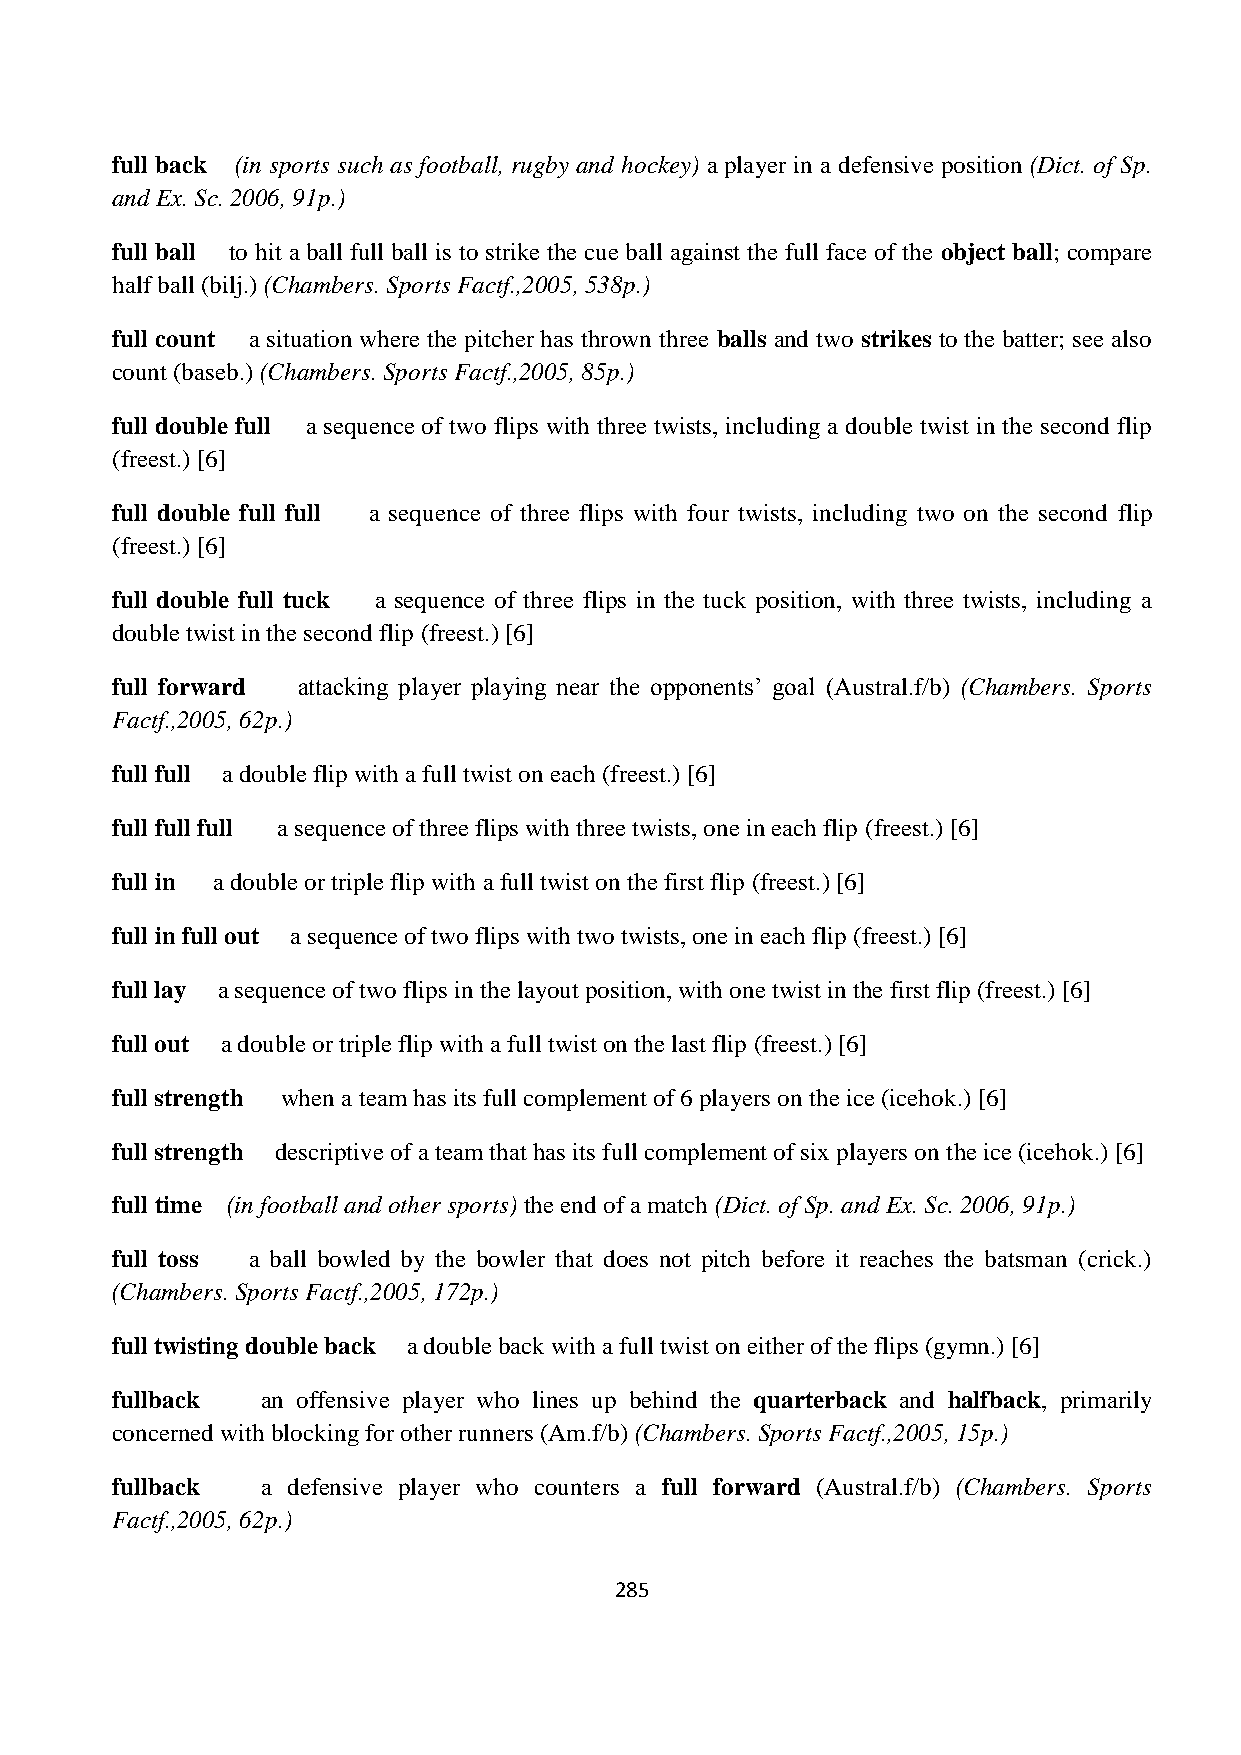
full back (in sports such as football, rugby and hockey) a player in a defensive position (Dict. of Sp.
 and Ex. Sc. 2006, 91p.)
 full ball to hit a ball full ball is to strike the cue ball against the full face of the object ball; compare
 half ball (bilj.) (Chambers. Sports Factf.,2005, 538p.)
 full count a situation where the pitcher has thrown three balls and two strikes to the batter; see also
 count (baseb.) (Chambers. Sports Factf.,2005, 85p.)
 full double full a sequence of two flips with three twists, including a double twist in the second flip
 (freest.) [6]
 full double full full a sequence of three flips with four twists, including two on the second flip
 (freest.) [6]
 full double full tuck a sequence of three flips in the tuck position, with three twists, including a
 double twist in the second flip (freest.) [6]
 full forward attacking player playing near the opponents‟ goal (Austral.f/b) (Chambers. Sports
 Factf.,2005, 62p.)
 full full a double flip with a full twist on each (freest.) [6]
 full full full a sequence of three flips with three twists, one in each flip (freest.) [6]
 full in a double or triple flip with a full twist on the first flip (freest.) [6]
 full in full out a sequence of two flips with two twists, one in each flip (freest.) [6]
 full lay a sequence of two flips in the layout position, with one twist in the first flip (freest.) [6]
 full out a double or triple flip with a full twist on the last flip (freest.) [6]
 full strength when a team has its full complement of 6 players on the ice (icehok.) [6]
 full strength descriptive of a team that has its full complement of six players on the ice (icehok.) [6]
 full time (in football and other sports) the end of a match (Dict. of Sp. and Ex. Sc. 2006, 91p.)
 full toss a ball bowled by the bowler that does not pitch before it reaches the batsman (crick.)
 (Chambers. Sports Factf.,2005, 172p.)
 full twisting double back a double back with a full twist on either of the flips (gymn.) [6]
 fullback  an offensive player who lines up behind the quarterback and halfback, primarily
 concerned with blocking for other runners (Am.f/b) (Chambers. Sports Factf.,2005, 15p.)
 fullback  a defensive player who counters a full forward (Austral.f/b) (Chambers. Sports
 Factf.,2005, 62p.)
 285